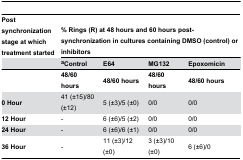
<table><thead><tr><td><b>Post synchronization stage at which treatment started</b></td><td colspan="4"><b>% Rings (R) at 48 hours and 60 hours post-synchronization in cultures containing DMSO (control) or inhibitors</b></td></tr><tr><td></td><td><b><sup>a</sup>Control</b></td><td><b>E64</b></td><td><b>MG132</b></td><td><b>Epoxomicin</b></td></tr></thead><tbody><tr><td></td><td><b>48/60 hours</b></td><td><b>48/60 hours</b></td><td><b>48/60 hours</b></td><td><b>48/60 hours</b></td></tr><tr><td><b>0 Hour</b></td><td>41 (±15)/80 (±12)</td><td>5 (±3)/5 (±0)</td><td>0/0</td><td>0/0</td></tr><tr><td><b>12 Hour</b></td><td>-</td><td>6 (±6)/5 (±2)</td><td>0/0</td><td>0/0</td></tr><tr><td><b>24 Hour</b></td><td>-</td><td>6 (±6)/6 (±1)</td><td>0/0</td><td>0/0</td></tr><tr><td><b>36 Hour</b></td><td>-</td><td>11 (±3)/12 (±0)</td><td>3 (±3)/10 (±0)</td><td>6 (±6)/0</td></tr></tbody></table>